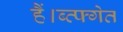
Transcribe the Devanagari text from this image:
हैं।ब्व्फ्गेत